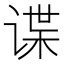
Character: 谍